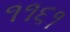
૧૧૬૧